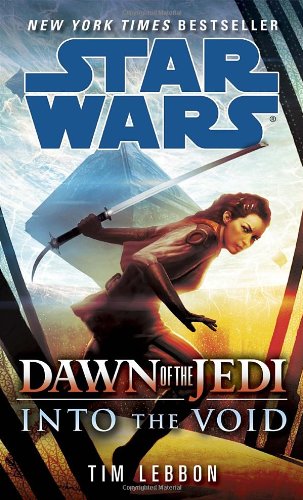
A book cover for Into the Void: Star Wars (Dawn of the Jedi) (Star Wars: Dawn of the Jedi - Legends); Tim Lebbon; Science Fiction & Fantasy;